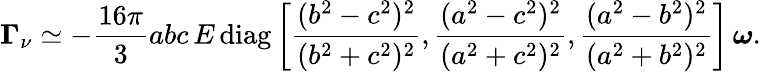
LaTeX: \boldsymbol{\Gamma}_{\nu}\simeq-\frac{16\pi}{3}abc\, E\, \mathrm{diag}\left[\frac{(b^{2}-c^{2})^{2}}{(b^{2}+c^{2})^{2}},\frac{(a^{2}-c^{2})^{2}}{(a^{2}+c^{2})^{2}},\frac{(a^{2}-b^{2})^{2}}{(a^{2}+b^{2})^{2}}\right]\, \boldsymbol{\omega}.